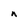
Character: n